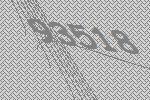
93518